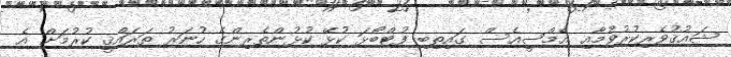
ޝަޢުޤުވެރިކުރުވުމާއި އެމްސީއެސް ގައިތިބި ފުޓްބޯޅަ ކުޅޭ ކުޅުންތެރިންގެ ހުނަރު ތަރައްޤީ ކުރުމަށް އެ